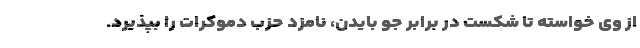
از وی خواسته تا شکست در برابر جو بایدن، نامزد حزب دموکرات را بپذیرد.